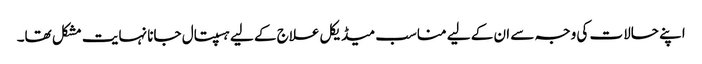
اپنے حالات کی وجہ سے ان کے لیے مناسب میڈیکل علاج کے لیے ہسپتال جانا نہایت مشکل تھا۔